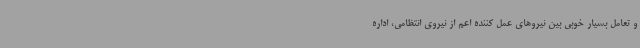
و تعامل بسیار خوبی بین نیروهای عمل کننده اعم از نیروی انتظامی، اداره